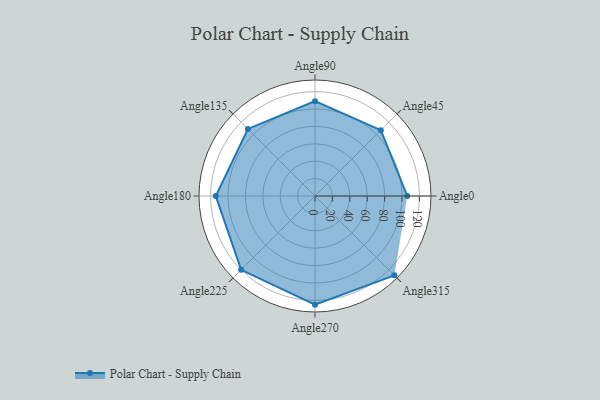
{"axis": {"x": "Angle", "y": "Radius"}, "legend": [""], "data": [{"x": "Angle0", "y": 106.0, "type": ""}, {"x": "Angle45", "y": 107.0, "type": ""}, {"x": "Angle90", "y": 109.0, "type": ""}, {"x": "Angle135", "y": 109.0, "type": ""}, {"x": "Angle180", "y": 114.0, "type": ""}, {"x": "Angle225", "y": 120.0, "type": ""}, {"x": "Angle270", "y": 125.0, "type": ""}, {"x": "Angle315", "y": 129.0, "type": ""}]}